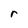
Character: r